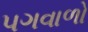
પગવાળો